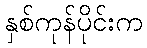
နှစ်ကုန်ပိုင်းက